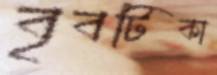
বৃবটিকা